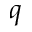
q